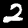
Label: 2